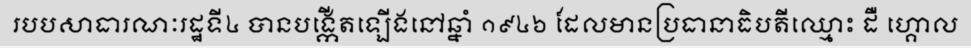
របបសាធារណៈរដ្ឋទី៤ បានបង្កើតឡើងនៅឆ្នាំ ១៩៤៦ ដែលមានប្រធានាធិបតីឈ្មោះ ដឺ ហ្គោល